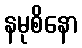
နမုစိနော